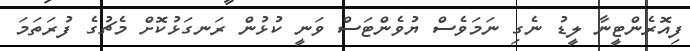
ފިއޮރެންޓީނާ ލީޑު ނެގި ނަމަވެސް ޔުވެންޓަސް ވަނީ ކުޅުން ރަނގަޅުކޮށް މެޗުގެ ފުރަތަމަ